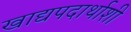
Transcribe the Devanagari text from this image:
खाद्यपदार्थाशी